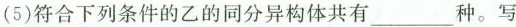
（5）符合下列条件的乙的同分异构体共有___种。写